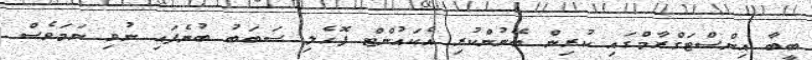
ބީބާ އިންސްޓަގްރާމްގައި ކުރިން ބޭނުންކުރި އެކައުންޓް ފޮހެލި ސަބަބު ބުނެފައި ނުވި ނަމަވެސް